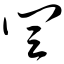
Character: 闫